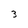
Character: 3